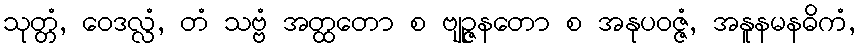
သုတ္တံ, ဝေဒလ္လံ, တံ သဗ္ဗံ အတ္ထတော စ ဗျဉ္ဇနတော စ အနုပဝဇ္ဇံ, အနူနမနဓိကံ,